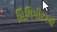
મિલિમીટરથી